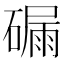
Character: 𥕟